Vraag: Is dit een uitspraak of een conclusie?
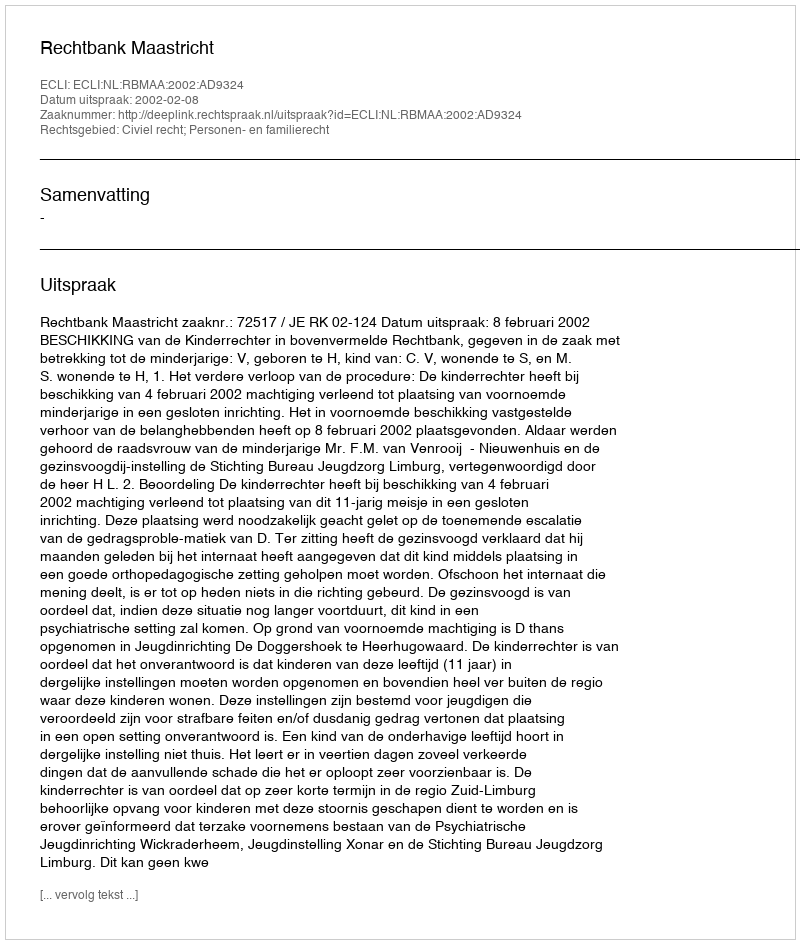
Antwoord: Uitspraak